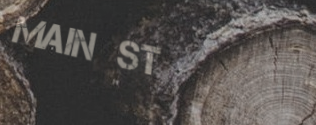
Main St